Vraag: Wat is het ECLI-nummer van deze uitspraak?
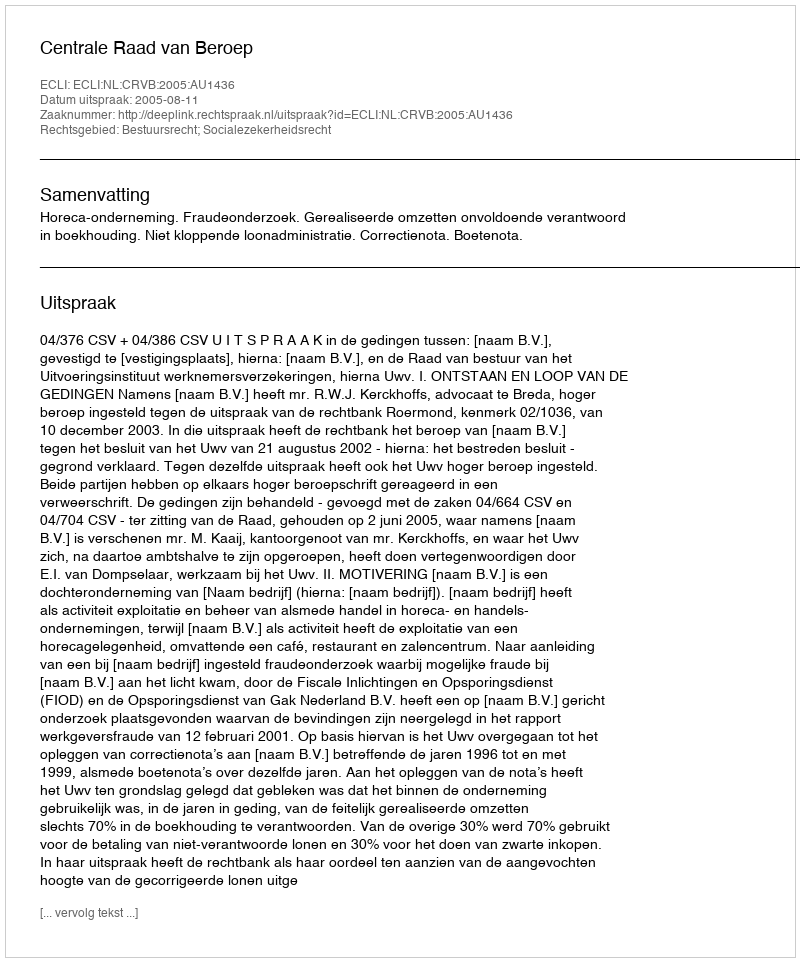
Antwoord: ECLI:NL:CRVB:2005:AU1436